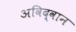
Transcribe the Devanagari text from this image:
अविद्वान